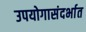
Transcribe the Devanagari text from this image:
उपयोगासंदर्भात